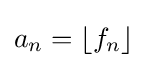
a_{n}=\left\lfloor f_{n}\right\rfloor